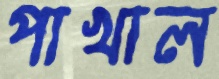
পাখাল